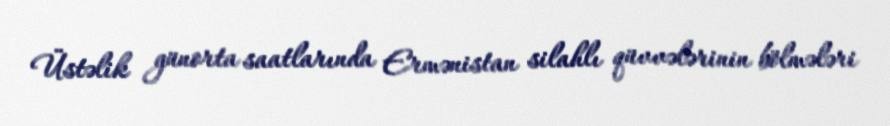
Üstəlik günorta saatlarında Ermənistan silahlı qüvvələrinin bölmələri